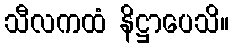
သီလကထံ နိဋ္ဌာပေသိ။